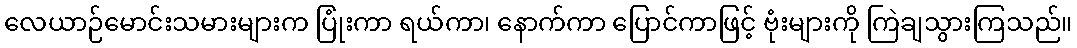
လေယာဉ်မောင်းသမားများက ပြုံးကာ ရယ်ကာ၊ နောက်ကာ ပြောင်ကာဖြင့် ဗုံးများကို ကြဲချသွားကြသည်။